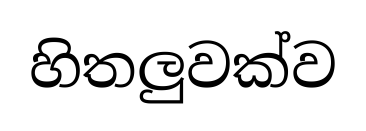
හිතලුවක්ව